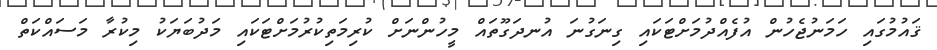
ޤައުމުގައި ހަމަނުޖެހުން އުފެއްދުމަށްޓަކައި ގިނަގުނަ އުނދަގޫތައް މީހުންނަށް ކުރިމަތިކުރުމަށްޓަކައި މަދުބަޔަކު މިކުރާ މަސައްކަތް